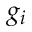
g _ { i }